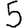
Digit: 5